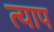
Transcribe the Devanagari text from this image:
त्याप